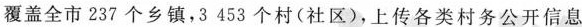
覆盖全市237个乡镇，3453个村(社区)，上传各类村务公开信息